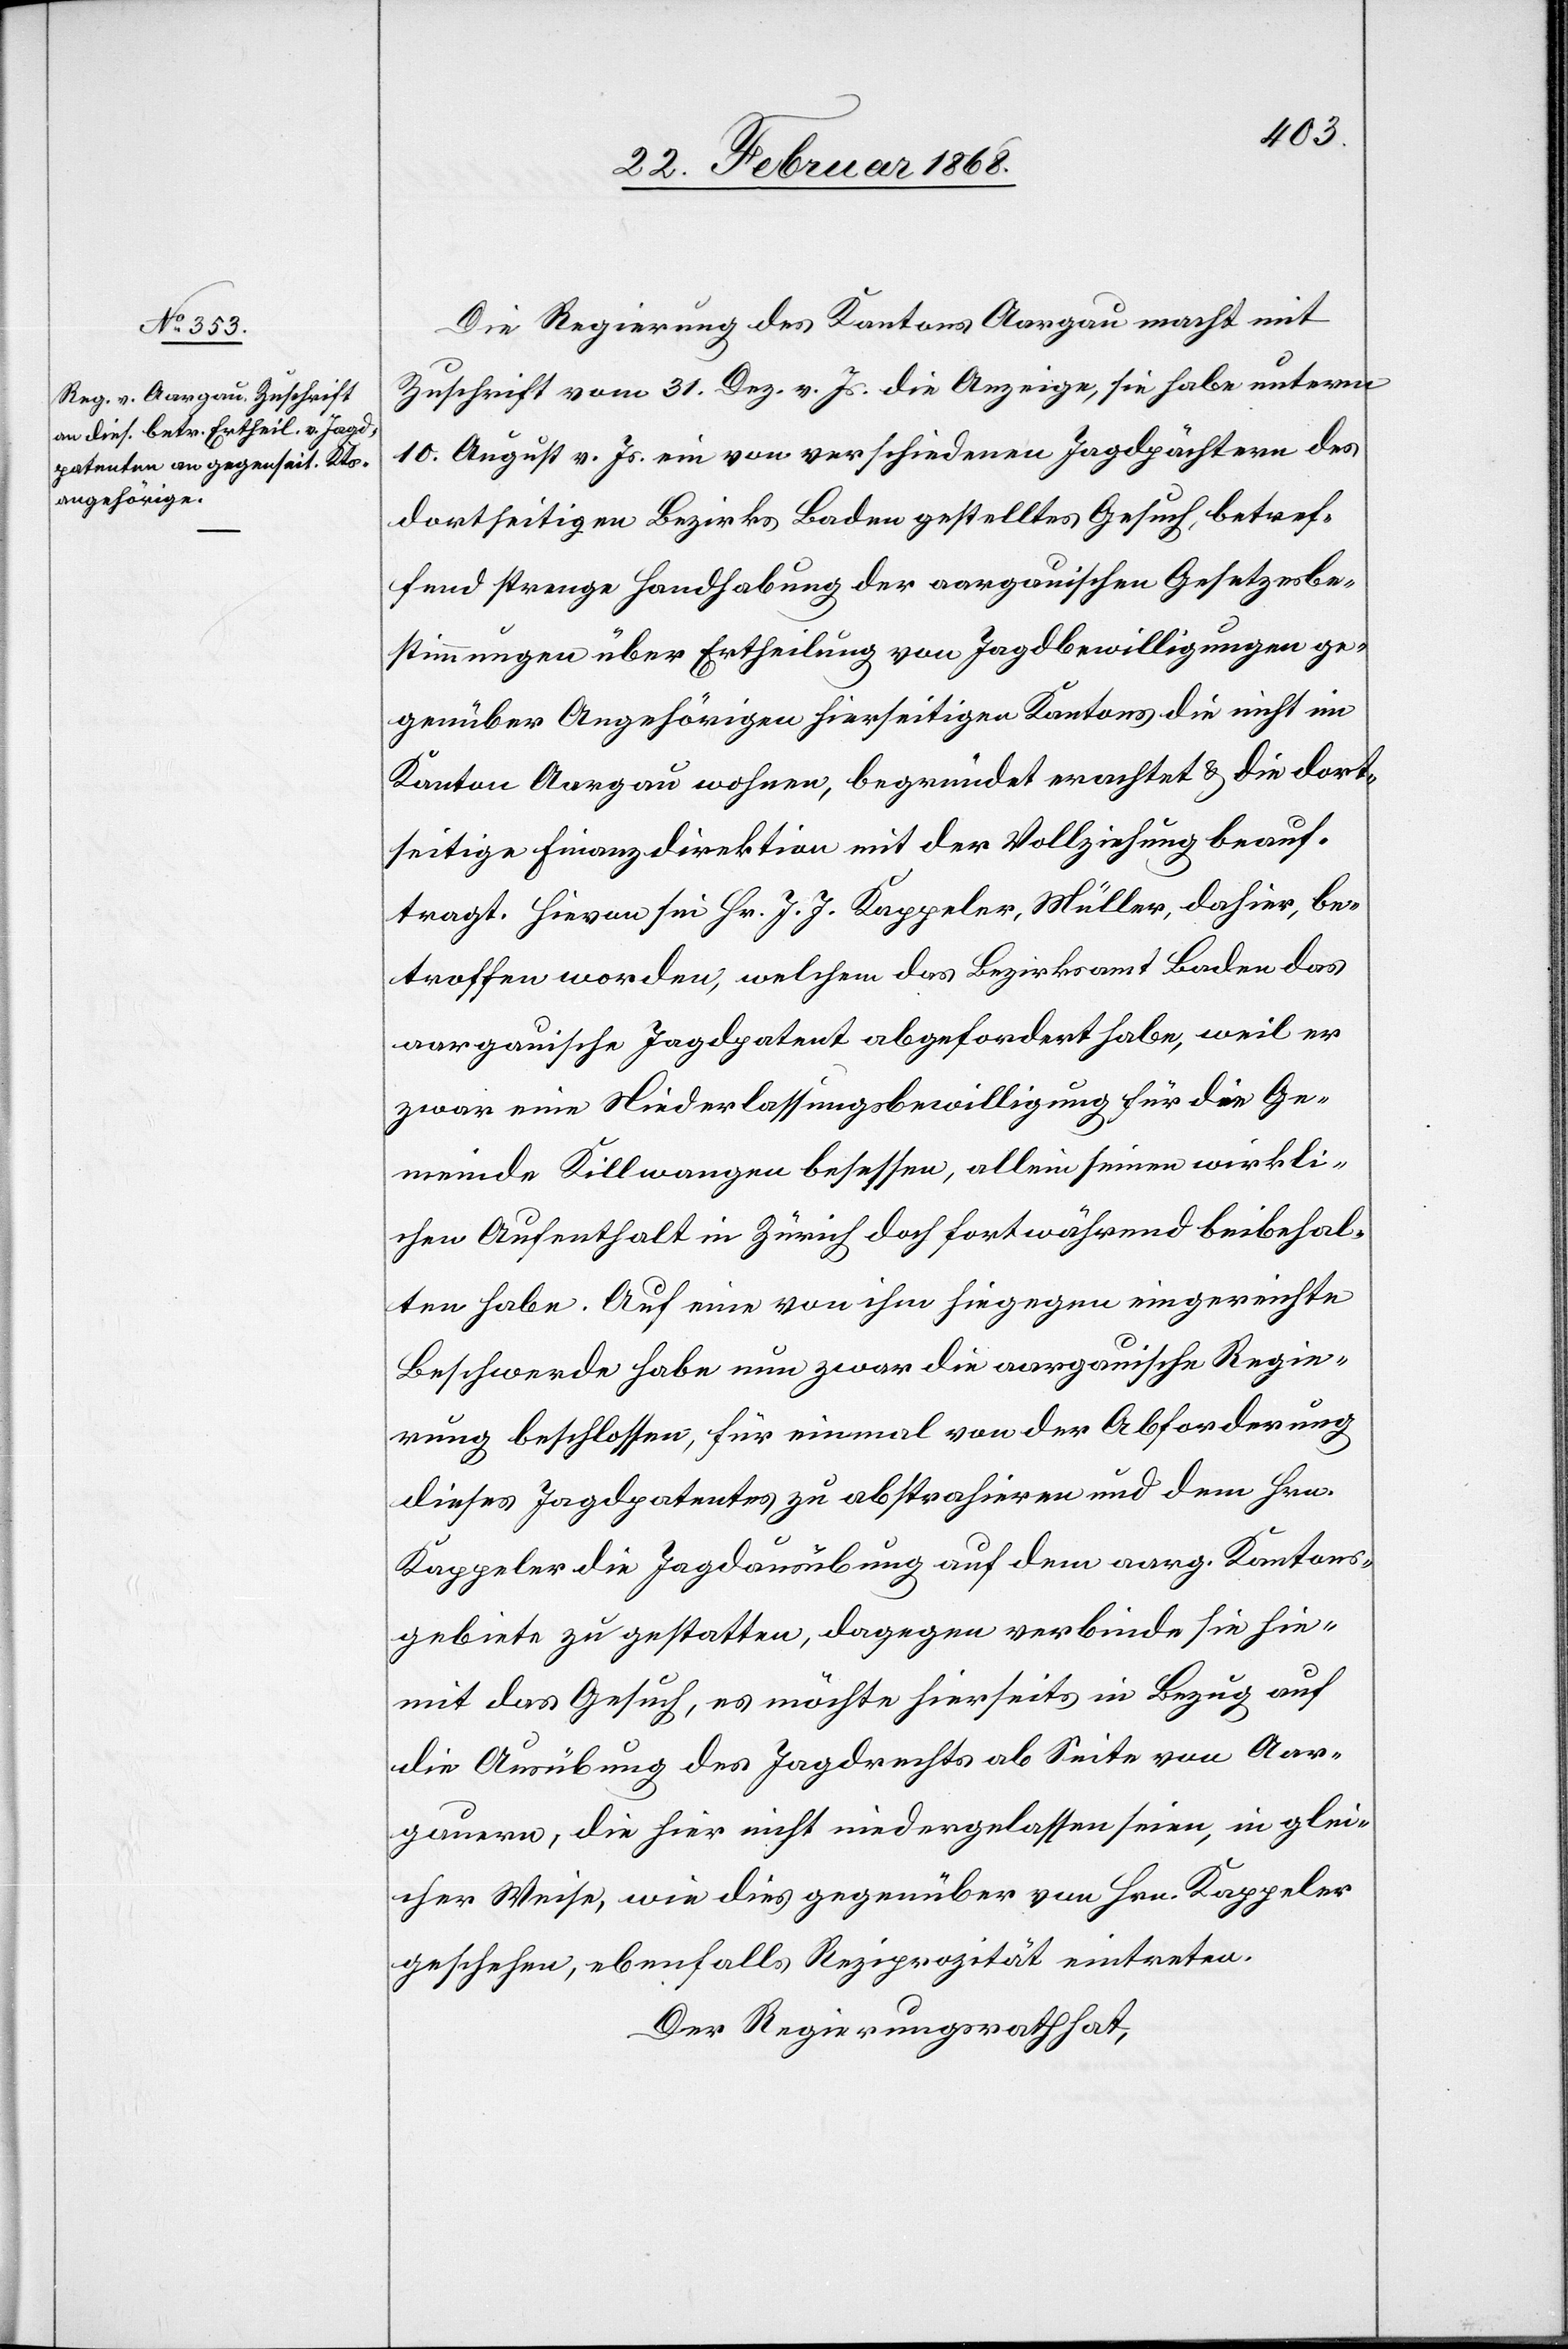
Die Regierung des Kantons Aargau macht mit
Zuschrift vom 31. Dez. v. Js. die Anzeige, sie habe unterm
10. August v. Js. ein von verschiedenen Jagdpächtern des
dortseitigen Bezirks Baden gestelltes Gesuch, betref¬
fend strenge Handhabung der aargauischen Gesetzesbe¬
stimmungen über Ertheilung von Jagdbewilligungen ge¬
genüber Angehörigen hierseitigen Kantons die nicht im
Kanton Aargau wohnen, begründet erachtet & die dort¬
seitige Finanzdirektion mit der Vollziehung beauf¬
tragt. Hievon sei Hr. J. J. Kappeler, Müller, dahier, be¬
troffen worden, welchem das Bezirksamt Baden das
aargauische Jagdpatent abgefordert habe, weil er
zwar eine Niederlassungsbewilligung für die Ge¬
meinde Killwangen besessen, allein seinen wirkli¬
chen Aufenthalt in Zürich doch fortwährend beibehal¬
ten habe. Auf eine von ihm hiegegen eingereichte
Beschwerde habe nun zwar die aargauische Regie¬
rung beschlossen, für einmal von der Abforderung
dieses Jagdpatentes zu abstrahieren und dem Hrn.
Kappeler die Jagdausübung auf dem aarg. Kantons¬
gebiete zu gestatten, dagegen verbinde sie hie¬
mit das Gesuch, es möchte hierseits in Bezug auf
die Ausübung des Jagdrechts ab Seite von Aar¬
gauern, die hier nicht niedergelassen seien, in glei¬
cher Weise, wie dies gegenüber von Hrn. Kappeler
geschehen, ebenfalls Reziprozität eintreten.
Der Regierungsrath hat,